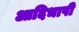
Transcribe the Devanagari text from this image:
आदिभाषी